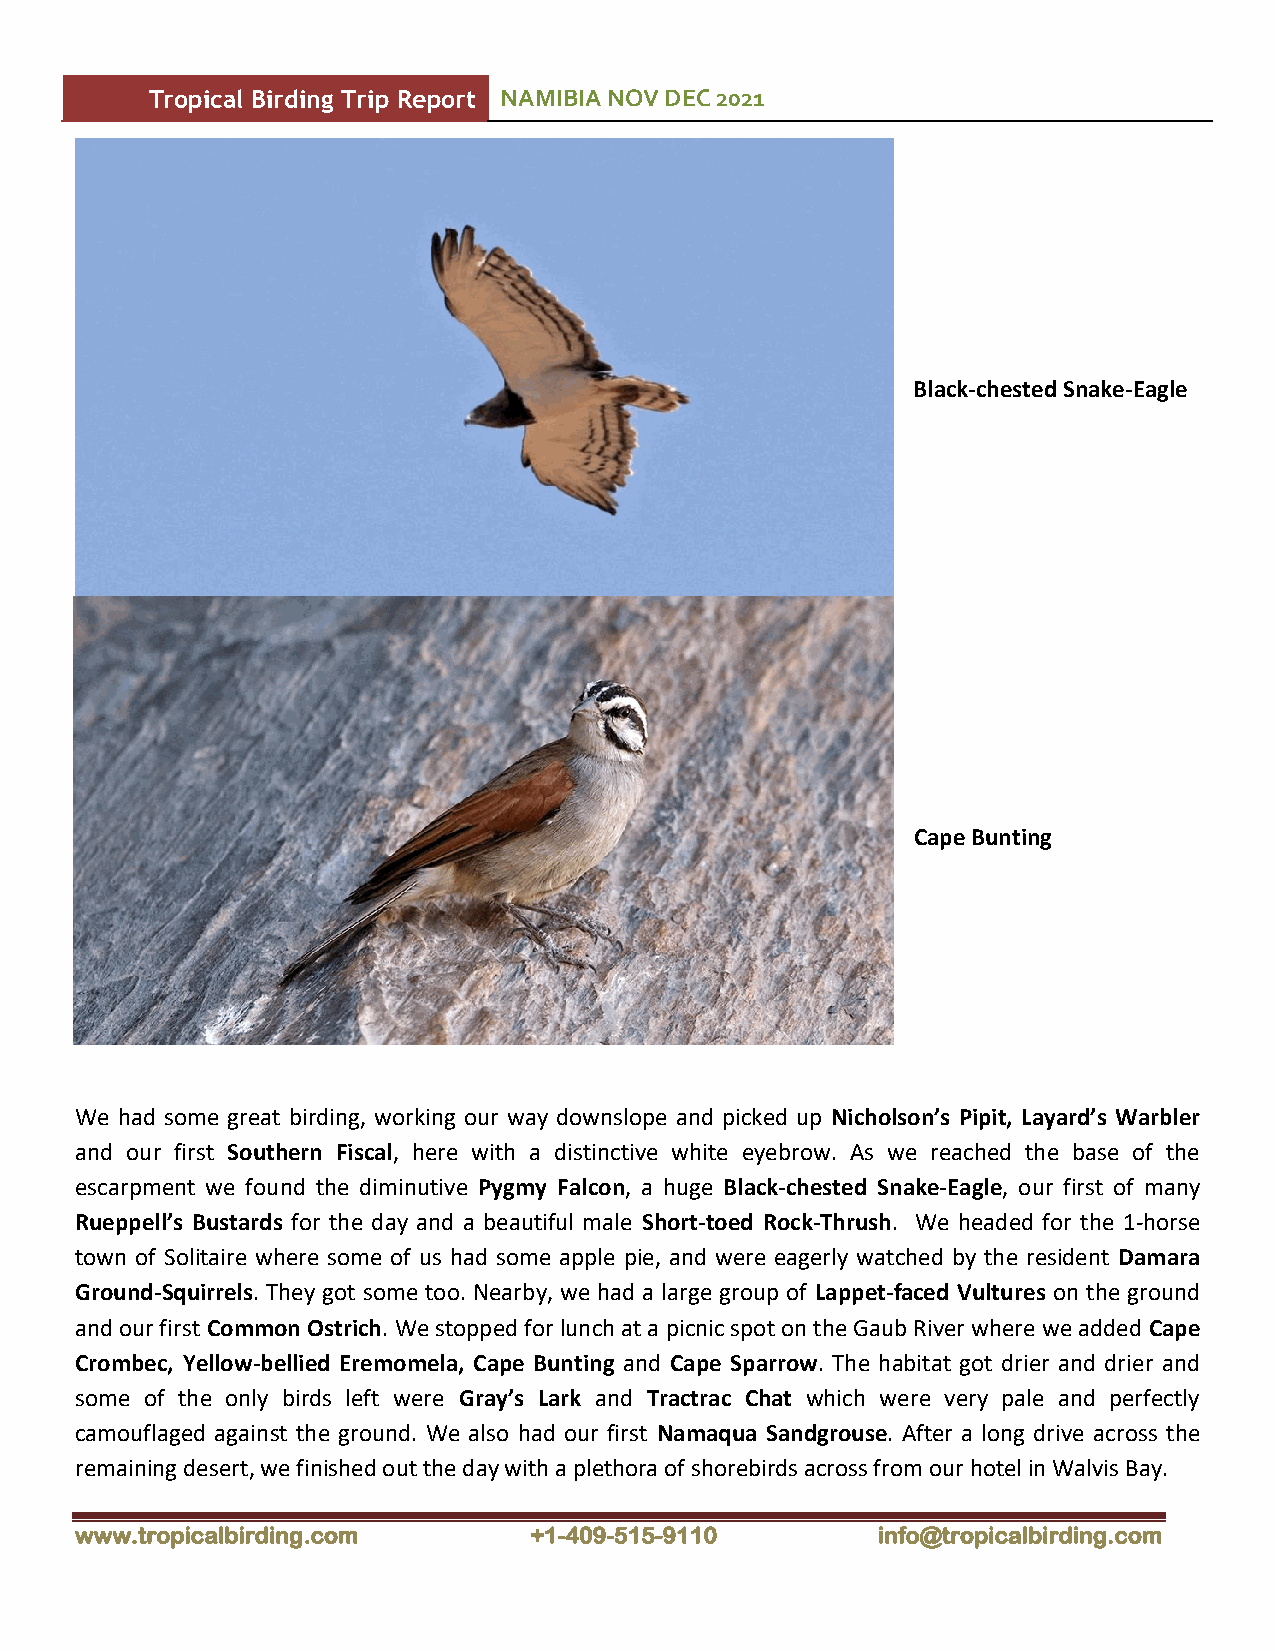
Tropical Birding Trip Report NAMIBIA NOV DEC 2021
 Black-chested Snake-Eagle
 Cape Bunting
 We had some great birding, working our way downslope and picked up Nicholson’s Pipit, Layard’s Warbler
 and our first Southern Fiscal, here with a distinctive white eyebrow. As we reached the base of the
 escarpment we found the diminutive Pygmy Falcon, a huge Black-chested Snake-Eagle, our first of many
 Rueppell’s Bustards for the day and a beautiful male Short-toed Rock-Thrush. We headed for the 1-horse
 town of Solitaire where some of us had some apple pie, and were eagerly watched by the resident Damara
 Ground-Squirrels. They got some too. Nearby, we had a large group of Lappet-faced Vultures on the ground
 and our first Common Ostrich. We stopped for lunch at a picnic spot on the Gaub River where we added Cape
 Crombec, Yellow-bellied Eremomela, Cape Bunting and Cape Sparrow. The habitat got drier and drier and
 some of the only birds left were Gray’s Lark and Tractrac Chat which were very pale and perfectly
 camouflaged against the ground. We also had our first Namaqua Sandgrouse. After a long drive across the
 remaining desert, we finished out the day with a plethora of shorebirds across from our hotel in Walvis Bay.
 www.tropicalbirding.com       +1-409-515-9110        info@tropicalbirding.com